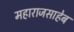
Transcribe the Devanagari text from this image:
महाराजसाहेब